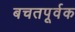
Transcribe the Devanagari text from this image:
बचतपूर्वक